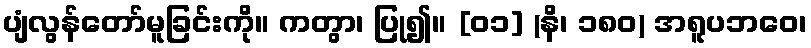
ပျံလွန်တော်မူခြင်းကို။ ကတွာ၊ ပြု၍။ [၀၁] (နိ၊ ၁၈၀) အရူပဘဝေ၊